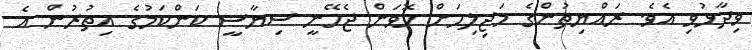
ވިދާޅުވި އެވެ. ރައްޔިތުންގެ މަޖިލިހަށް ހޮވަން ޖެހޭނީ ސިޔާސީ ކަންކަމުގެ އިތުރުން އެ